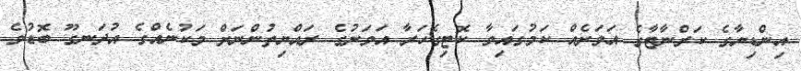
އިންޑިޔާގެ ކަރްނާޓާގެ އަވަށެއް ކަމުގައިވާ ކޮޓިގެހަރާ އަވަށުގެ ރައްޔިތުންނަށް މަކުނެއްގެ އުދަނގޫ ބޮޑުވެ